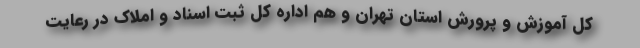
کل آموزش و پرورش استان تهران و هم اداره کل ثبت اسناد و املاک در رعایت